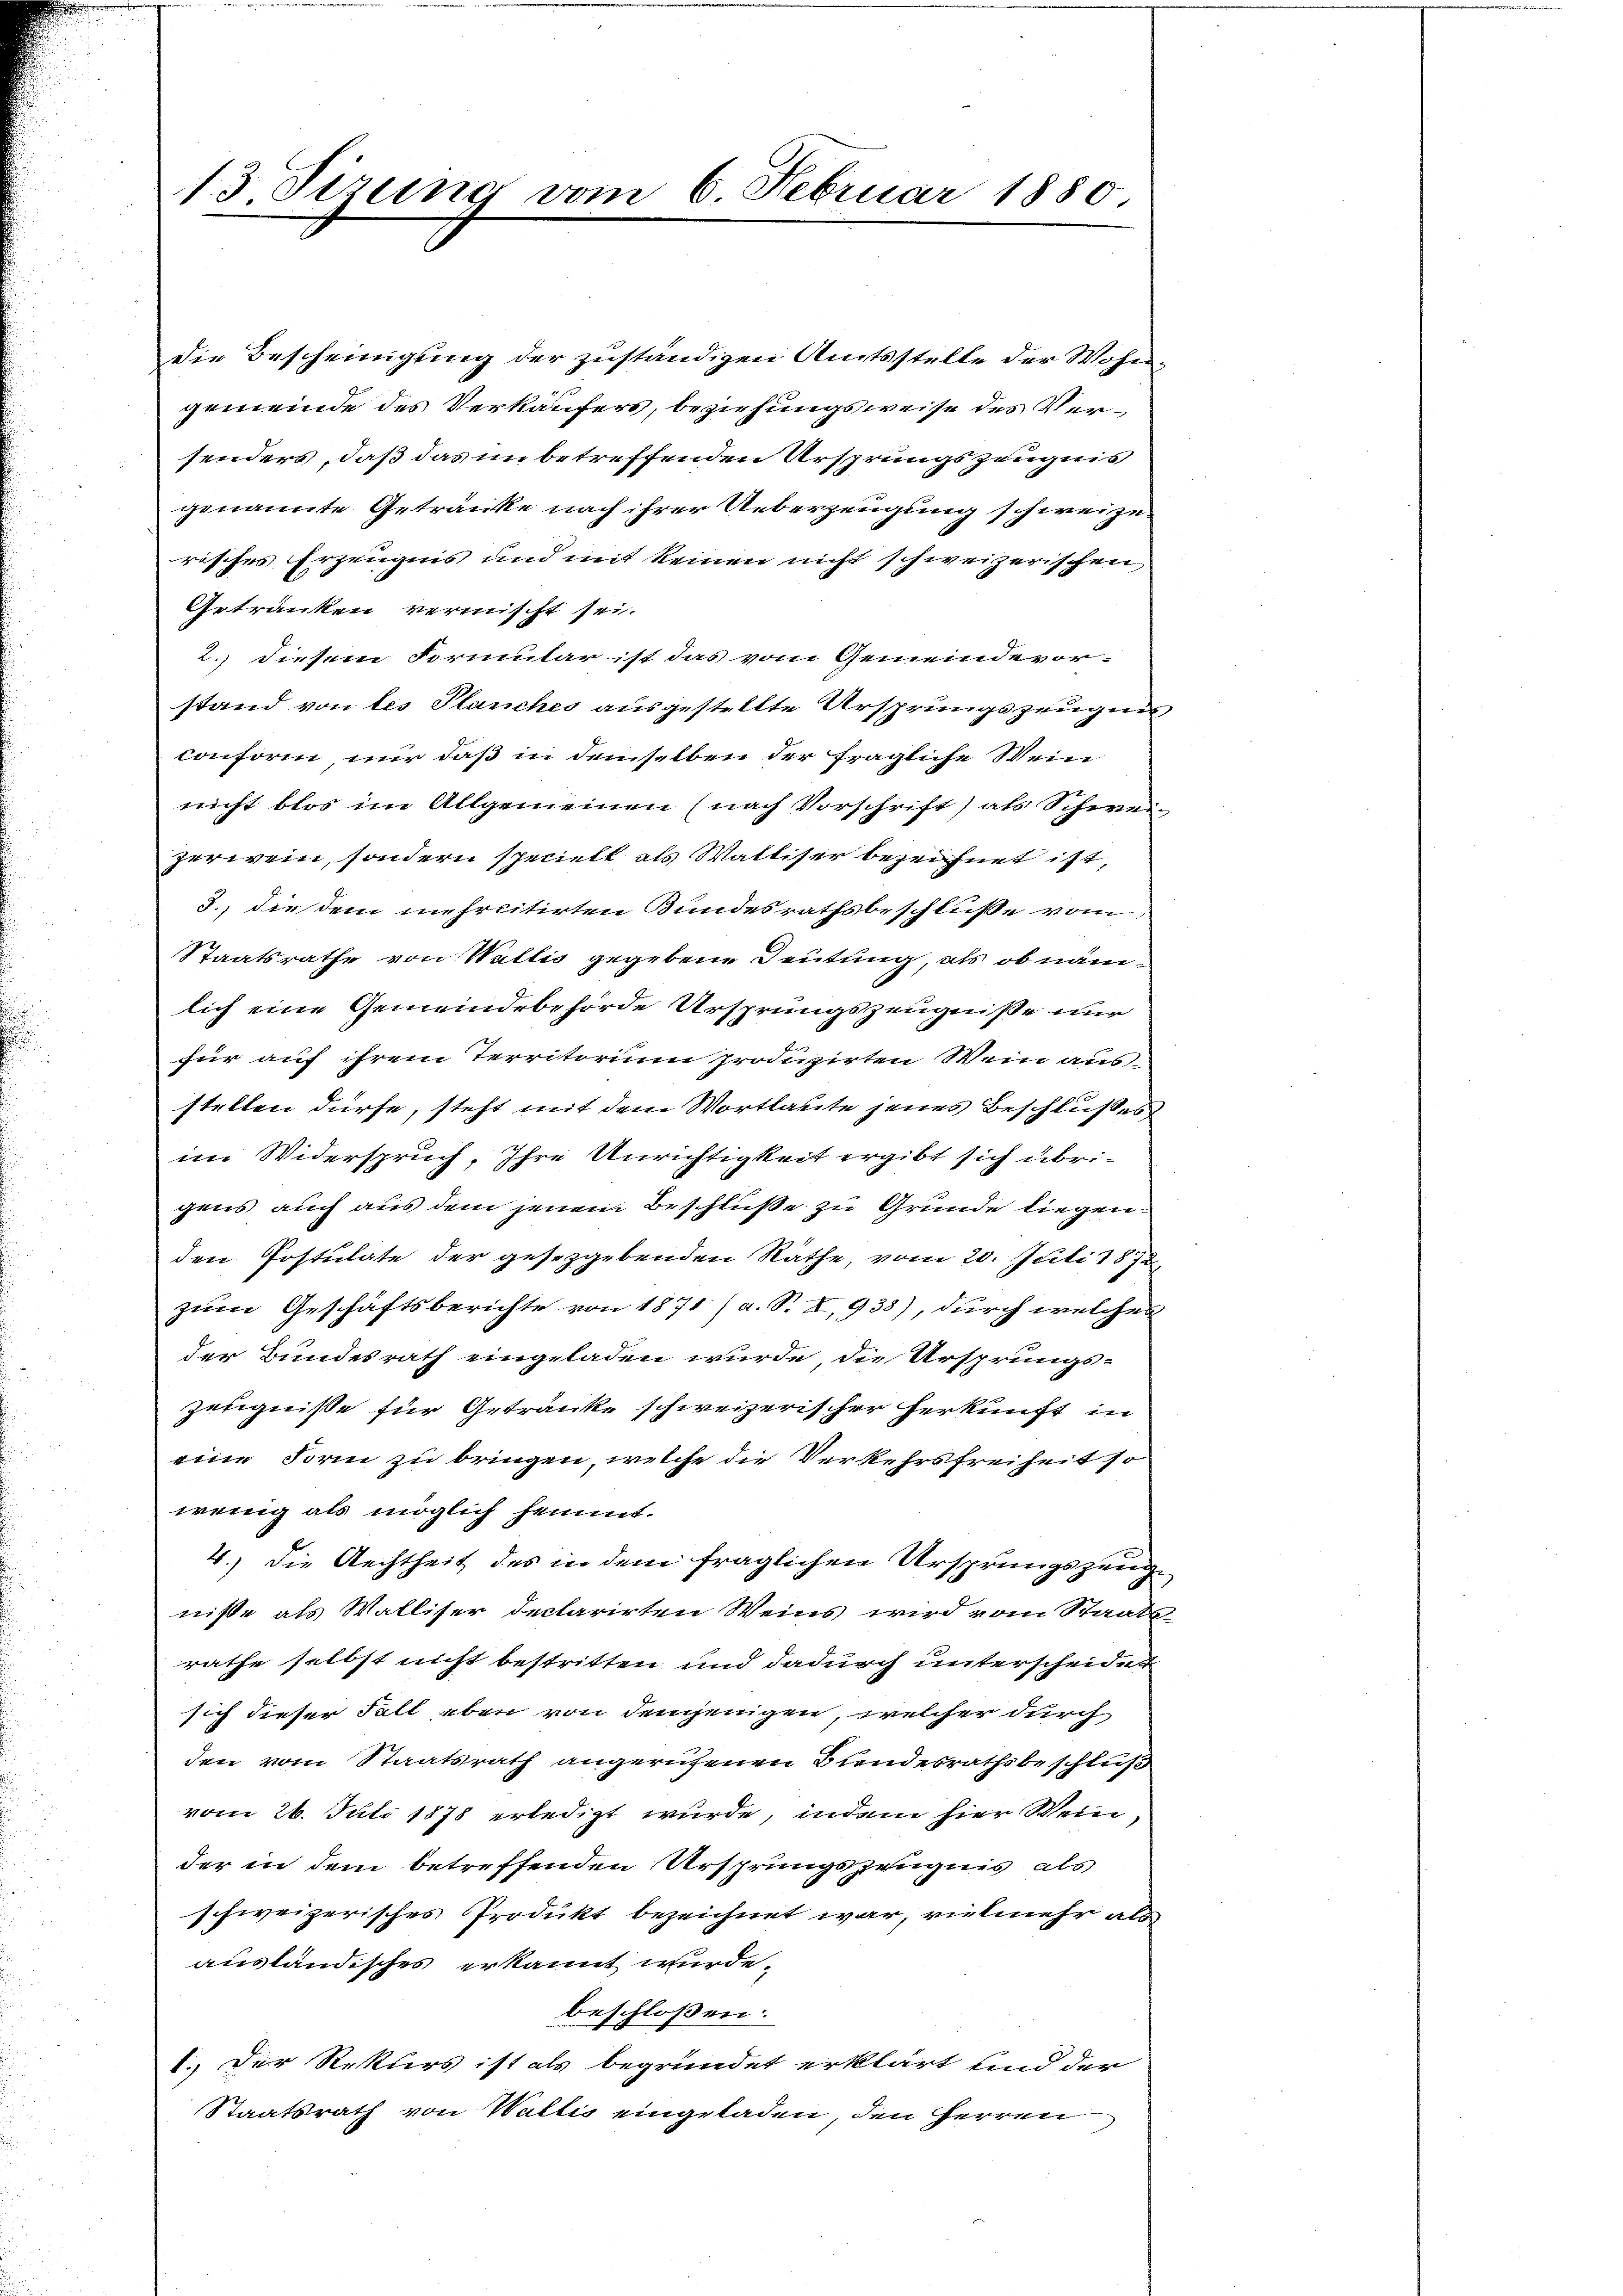
13. Sizung vom 6. Februar 1880.

Die Bescheinigung der zuständigen Amtsstelle der Wohn
gemeinde des Verkäufers, beziehungsweise des Versenders, daß das in betreffenden Ursprungszeugnis
genannte Getränke nach ihrer Ueberzeugung schweize
risches Erzeugnis und mit keinen nicht schweizerischen
Getränken vermischt sei.
2.) diesem Formular ist das vom Gemeindevor-
stand von les Planches ausgestellte Ursprungszeugunconform nur daß in demselben der fragliche Wein
nicht blos im Allgemeinen (nach Vorschrift) als Schweizerwein, sondern speciell als Walliser bezeichnet ist,
3., die dem mehrcitirten Bundesrathsbeschluße vom
Staatsrathe von Wallis gegebene Deutung, als ob näm-
lich eine Gemeindebehörde Ursprungszeugniße nur
für auf ihrem Territorium produzirten Wein aus-
stellen dürfe, steht mit dem Wortlaute jenes Beschlußes
im Widerspruch, Ihre Unrichtigkeit ergibt sich übrigens auch aus dem jenem Beschluße zu Grunde liegen.
den Postulate der gesetzgebenden Räthe, vom 20. Juli 1872
zum Geschäftsberichte von 1871 / a. S. I, 938), durch welcher
der Bundesrath eingeladen wurde, die Ursprungs-
zeeigniße für Getränke schweizerischer Herkunft in
eine Form zu bringen, welche die Verkehrsfreiheit so
wenig als möglich hemmt.
4.) Die Rechtheit des in dem fraglichen Ursprungszeugniße als Walliser declarirten Weins wird vom Staatsrathe selbst nicht bestritten und dadurch unterscheidet
sich dieser Fall eben von denjenigen, welcher durch
den vom Staatsrath angerufenen Bundesrathsbeschluß
vom 26. Juli 1878 erledigt wurde, indem hier Wein,
der in dem betreffenden Ursprungszeugnis als
schweizerisches Produkt bezeichnet war, vielmehr als
ausländisches erkannt wurde.
beschloßen:
1. Der Rekurs ist als begründet erklärt und der
Staatsrath von Wallis eingeladen, den Herren

2